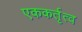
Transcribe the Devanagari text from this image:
एककर्तृत्व